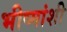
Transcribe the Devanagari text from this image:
भीष्मांशी